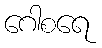
ဂေါစရေ